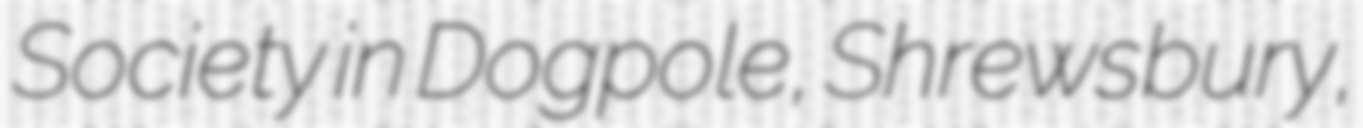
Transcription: Society in Dogpole, Shrewsbury,